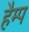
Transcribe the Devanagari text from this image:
हैम्प